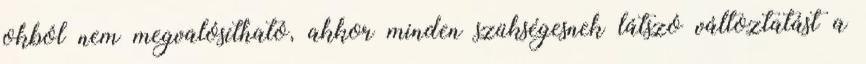
okból nem megvalósítható, akkor minden szükségesnek látszó változtatást a